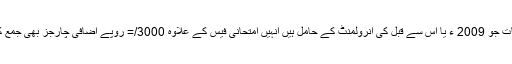
ایسے طلباوطالبات جو 2009 ء یا اس سے قبل کی انرولمنٹ کے حامل ہیں انہیں امتحانی فیس کے علاوہ 3000/= روپے اضافی چارجز بھی جمع کرانے ہوں گے۔